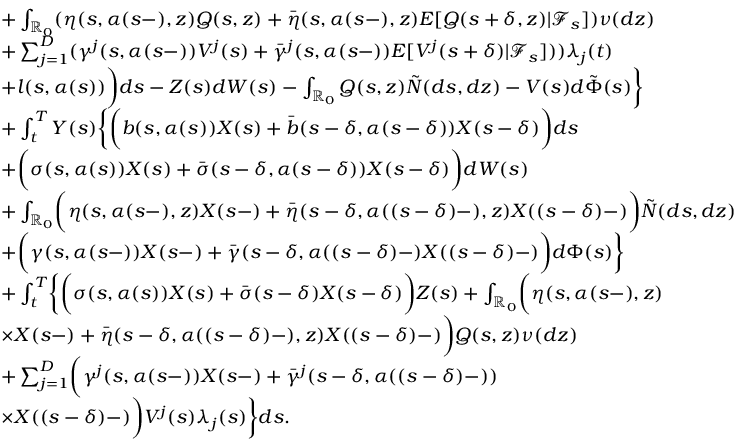
\begin{array} { r l } & { \quad + \int _ { \mathbb { R } _ { 0 } } ( \eta ( s , \alpha ( s - ) , z ) Q ( s , z ) + \bar { \eta } ( s , \alpha ( s - ) , z ) E [ Q ( s + \delta , z ) | \mathcal { F } _ { s } ] ) \nu ( d z ) } \\ & { \quad + \sum _ { j = 1 } ^ { D } ( \gamma ^ { j } ( s , \alpha ( s - ) ) V ^ { j } ( s ) + \bar { \gamma } ^ { j } ( s , \alpha ( s - ) ) E [ V ^ { j } ( s + \delta ) | \mathcal { F } _ { s } ] ) ) \lambda _ { j } ( t ) } \\ & { \quad + l ( s , \alpha ( s ) ) \biggr ) d s - Z ( s ) d W ( s ) - \int _ { \mathbb { R } _ { 0 } } Q ( s , z ) \tilde { N } ( d s , d z ) - V ( s ) d \tilde { \Phi } ( s ) \biggr \} } \\ & { \quad + \int _ { t } ^ { T } Y ( s ) \biggl \{ \biggl ( b ( s , \alpha ( s ) ) X ( s ) + \bar { b } ( s - \delta , \alpha ( s - \delta ) ) X ( s - \delta ) \biggr ) d s } \\ & { \quad + \biggl ( \sigma ( s , \alpha ( s ) ) X ( s ) + \bar { \sigma } ( s - \delta , \alpha ( s - \delta ) ) X ( s - \delta ) \biggr ) d W ( s ) } \\ & { \quad + \int _ { \mathbb { R } _ { 0 } } \biggl ( \eta ( s , \alpha ( s - ) , z ) X ( s - ) + \bar { \eta } ( s - \delta , \alpha ( ( s - \delta ) - ) , z ) X ( ( s - \delta ) - ) \biggr ) \tilde { N } ( d s , d z ) } \\ & { \quad + \biggl ( \gamma ( s , \alpha ( s - ) ) X ( s - ) + \bar { \gamma } ( s - \delta , \alpha ( ( s - \delta ) - ) X ( ( s - \delta ) - ) \biggr ) d \Phi ( s ) \biggr \} } \\ & { \quad + \int _ { t } ^ { T } \biggl \{ \biggl ( \sigma ( s , \alpha ( s ) ) X ( s ) + \bar { \sigma } ( s - \delta ) X ( s - \delta ) \biggr ) Z ( s ) + \int _ { \mathbb { R } _ { 0 } } \biggl ( \eta ( s , \alpha ( s - ) , z ) } \\ & { \quad \times X ( s - ) + \bar { \eta } ( s - \delta , \alpha ( ( s - \delta ) - ) , z ) X ( ( s - \delta ) - ) \biggr ) Q ( s , z ) \nu ( d z ) } \\ & { \quad + \sum _ { j = 1 } ^ { D } \biggl ( \gamma ^ { j } ( s , \alpha ( s - ) ) X ( s - ) + \bar { \gamma } ^ { j } ( s - \delta , \alpha ( ( s - \delta ) - ) ) } \\ & { \quad \times X ( ( s - \delta ) - ) \biggr ) V ^ { j } ( s ) \lambda _ { j } ( s ) \biggr \} d s . } \end{array}